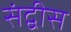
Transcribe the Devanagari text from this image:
संद्वीस